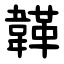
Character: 韚